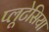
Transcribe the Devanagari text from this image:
प्लूटेसिया